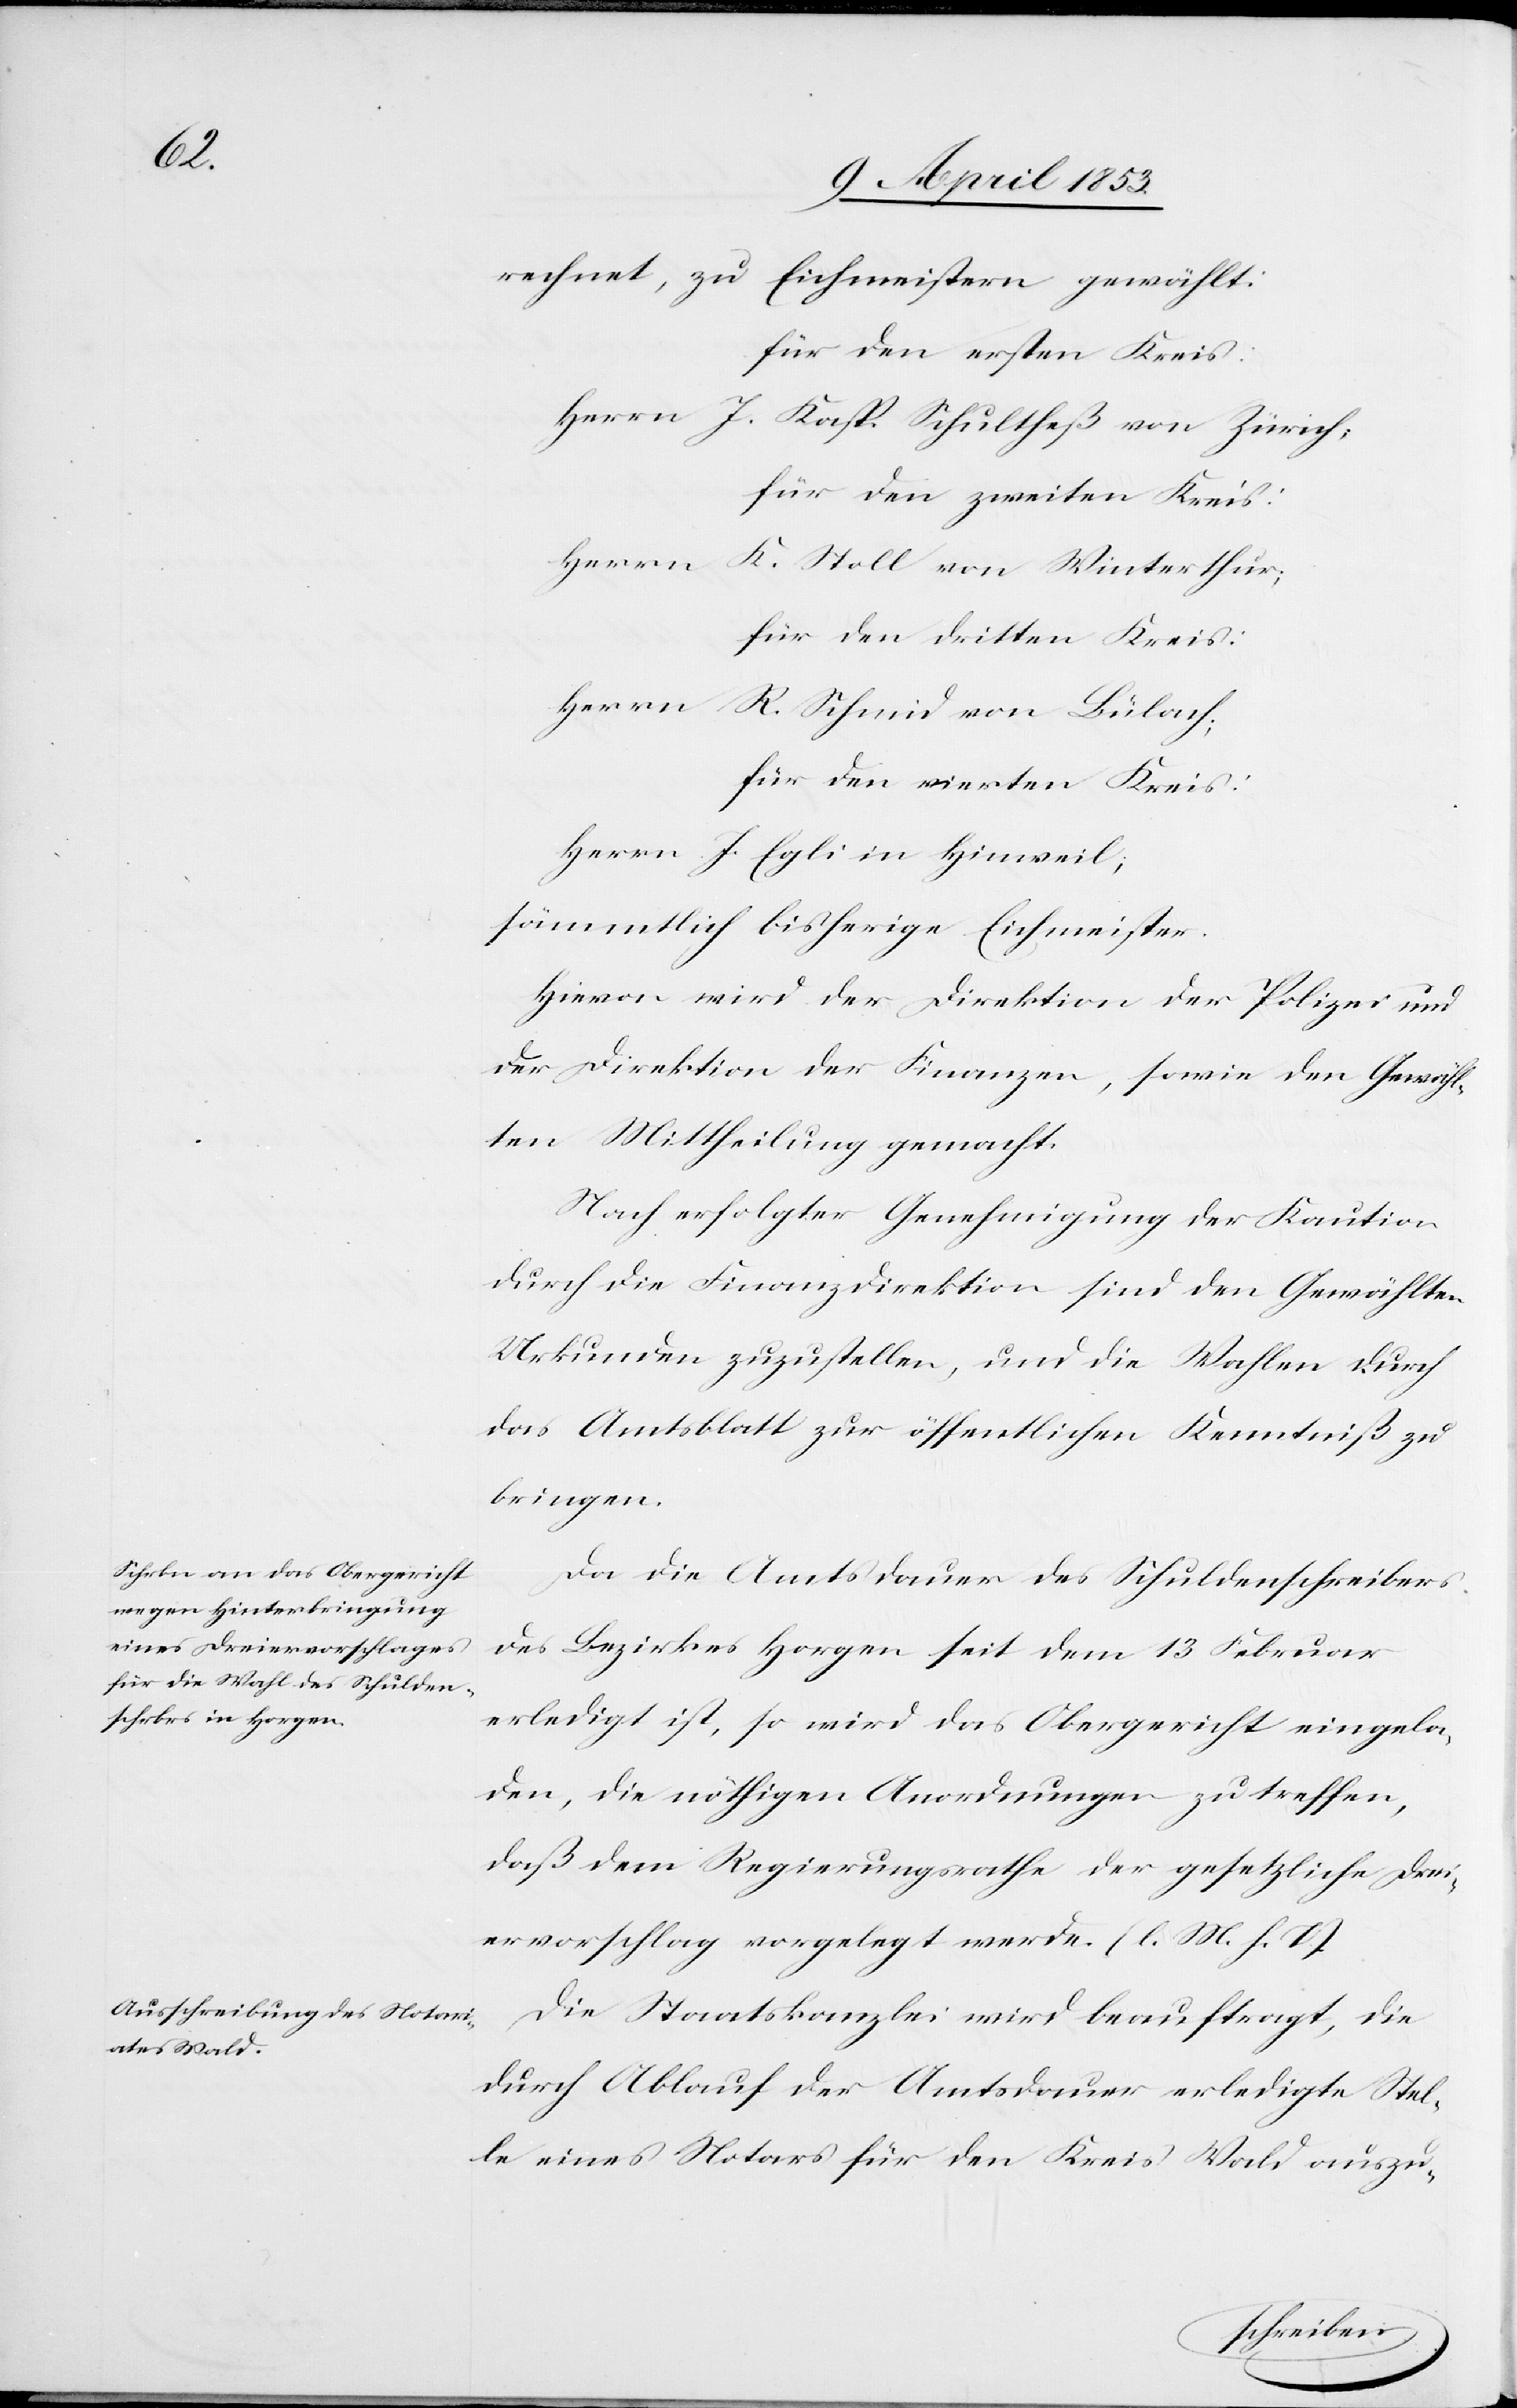
rechnet, zu Eichmeister gewählt:
für den ersten Kreis:
Herrn J. Kasp. Schultheß von Zürich;
für den zweiten Kreis:
Herrn
K. Stoll von Winterthur;
für den dritten Kreis:
Herrn R. Schmid von Bülach;
für den vierten Kreis:
Herrn J. Egli in Hinweil;
sämmtlich bisherige Eichmeister.
Hievon wird der Direktion der Polizei und
der Direktion der Finanzen, sowie den Gewähl¬
ten Mittheilung gemacht.
Nach erfolgter Genehmigung der Kaution
durch die Finanzdirektion sind den Gewählten
Urkunden zuzustellen, und die Wahlen durch
das Amtsblatt zur öffentlichen Kenntniß zu
bringen.
Da die Amtsdauer des Schuldenschreibers
des Bezirkes Horgen seit dem 13 Februar
erledigt ist, so wird das Obergericht eingela¬
den, die nöthigen Anordnungen zu treffen,
daß dem Regierungsrathe der gesetzliche Drei¬
ervorschlag vorgelegt werde. [l. M. h. T]
Die Staatskanzlei wird beauftragt, die
durch Ablauf der Amtsdauer erledigte Stel¬
le eine Notars für den Kreis Wald auszu-